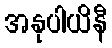
အနုပါယိနီ